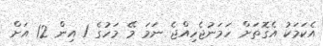
އެކަމަކު އެގޮތަށް ހަމަނުޖެހިއްޖެ ނަމަ މޭ މަހުގެ 1 އިން 12 އަށް